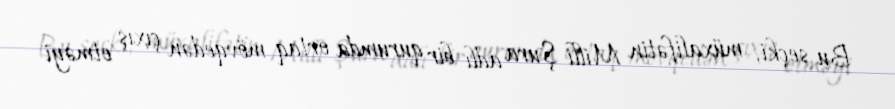
Bu seçki, müxalifətin Milli Şura adlı bir qurumda ortaq mövqedən çıxış etməyi